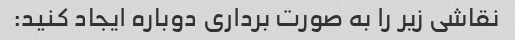
نقاشی زیر را به صورت برداری دوباره ایجاد کنید: